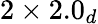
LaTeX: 2\times 2.0_{d}